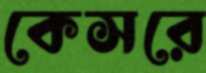
কেসরে